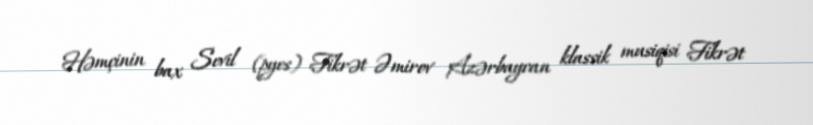
Həmçinin bax Sevil (pyes) Fikrət Əmirov Azərbaycan klassik musiqisi Fikrət